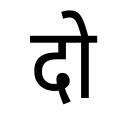
OCR:
दो